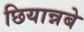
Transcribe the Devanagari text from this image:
छियान्नबे